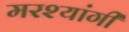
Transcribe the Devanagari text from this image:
मरश्यांगी